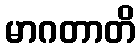
မာဂတာတိ